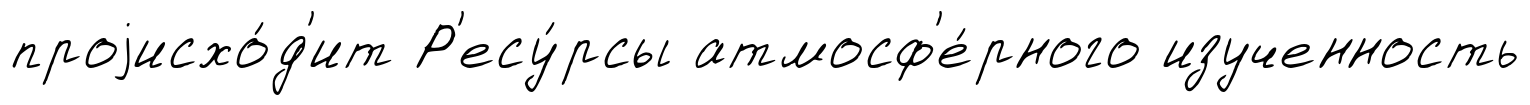
проjисхо́д'ит Р'есу́рсы атмосф'е́рного изученность